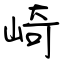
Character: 崎